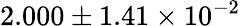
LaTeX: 2.000\pm 1.41\times 10^{-2}